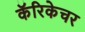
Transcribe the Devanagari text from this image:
कॅरिकेचर